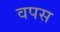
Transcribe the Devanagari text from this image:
वपस